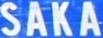
SAKA